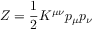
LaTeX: Z = { \frac { 1 } { 2 } } K ^ { \mu \nu } p _ { \mu } p _ { \nu }